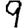
Digit: 9